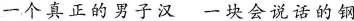
一个真正的男子汉一块会说话的钢